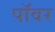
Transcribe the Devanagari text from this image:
पाॅवर